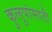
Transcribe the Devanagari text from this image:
कुलुपांसाठी